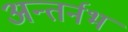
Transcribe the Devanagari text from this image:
अन्तर्नभ